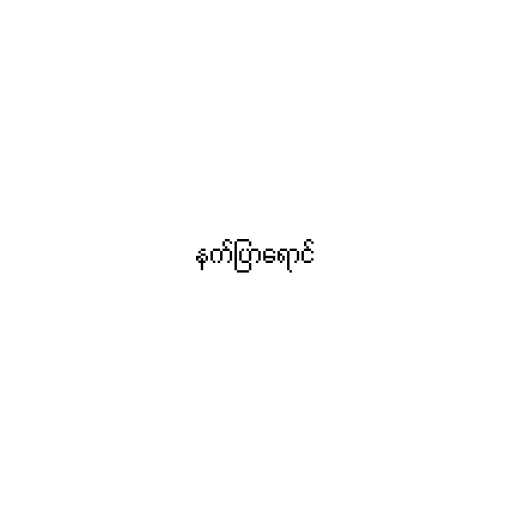
နက်ပြာရောင်